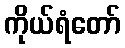
ကိုယ်ရံတော်